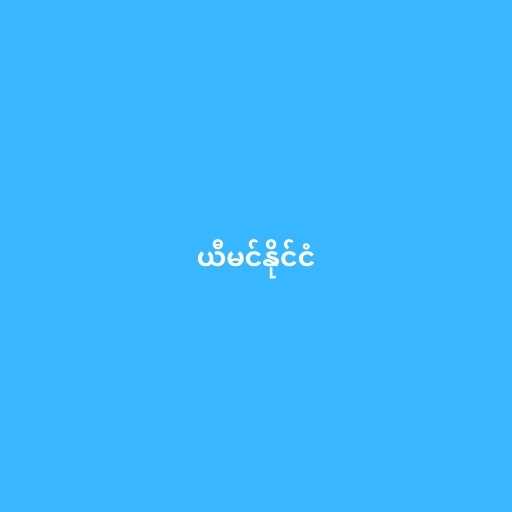
ယီမင်နိုင်ငံ